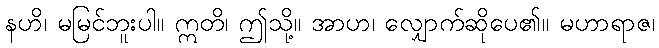
နဟိ၊ မမြင်ဘူးပါ။ ဣတိ၊ ဤသို့။ အာဟ၊ လျှောက်ဆိုပေ၏။ မဟာရာဇ၊